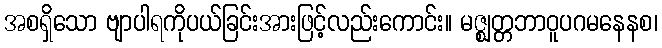
အစရှိသော ဗျာပါရကိုပယ်ခြင်းအားဖြင့်လည်းကောင်း။ မဇ္ဈတ္တဘာဝူပဂမနေနစ၊